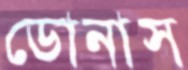
ডোনাস